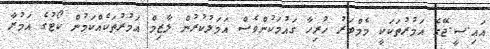
އައި.ސީ.ޖޭގެ އަމުރުތަކަކީ މެމްބަރު ހުރިހާ ގައުމަކުންވެސް އަމަލުކުރުން ލާޒިމް އަމުރުތަކެއްކަމުން ކޯޓުގެ އަމުރާ